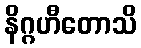
နိဂ္ဂဟီတောသိ